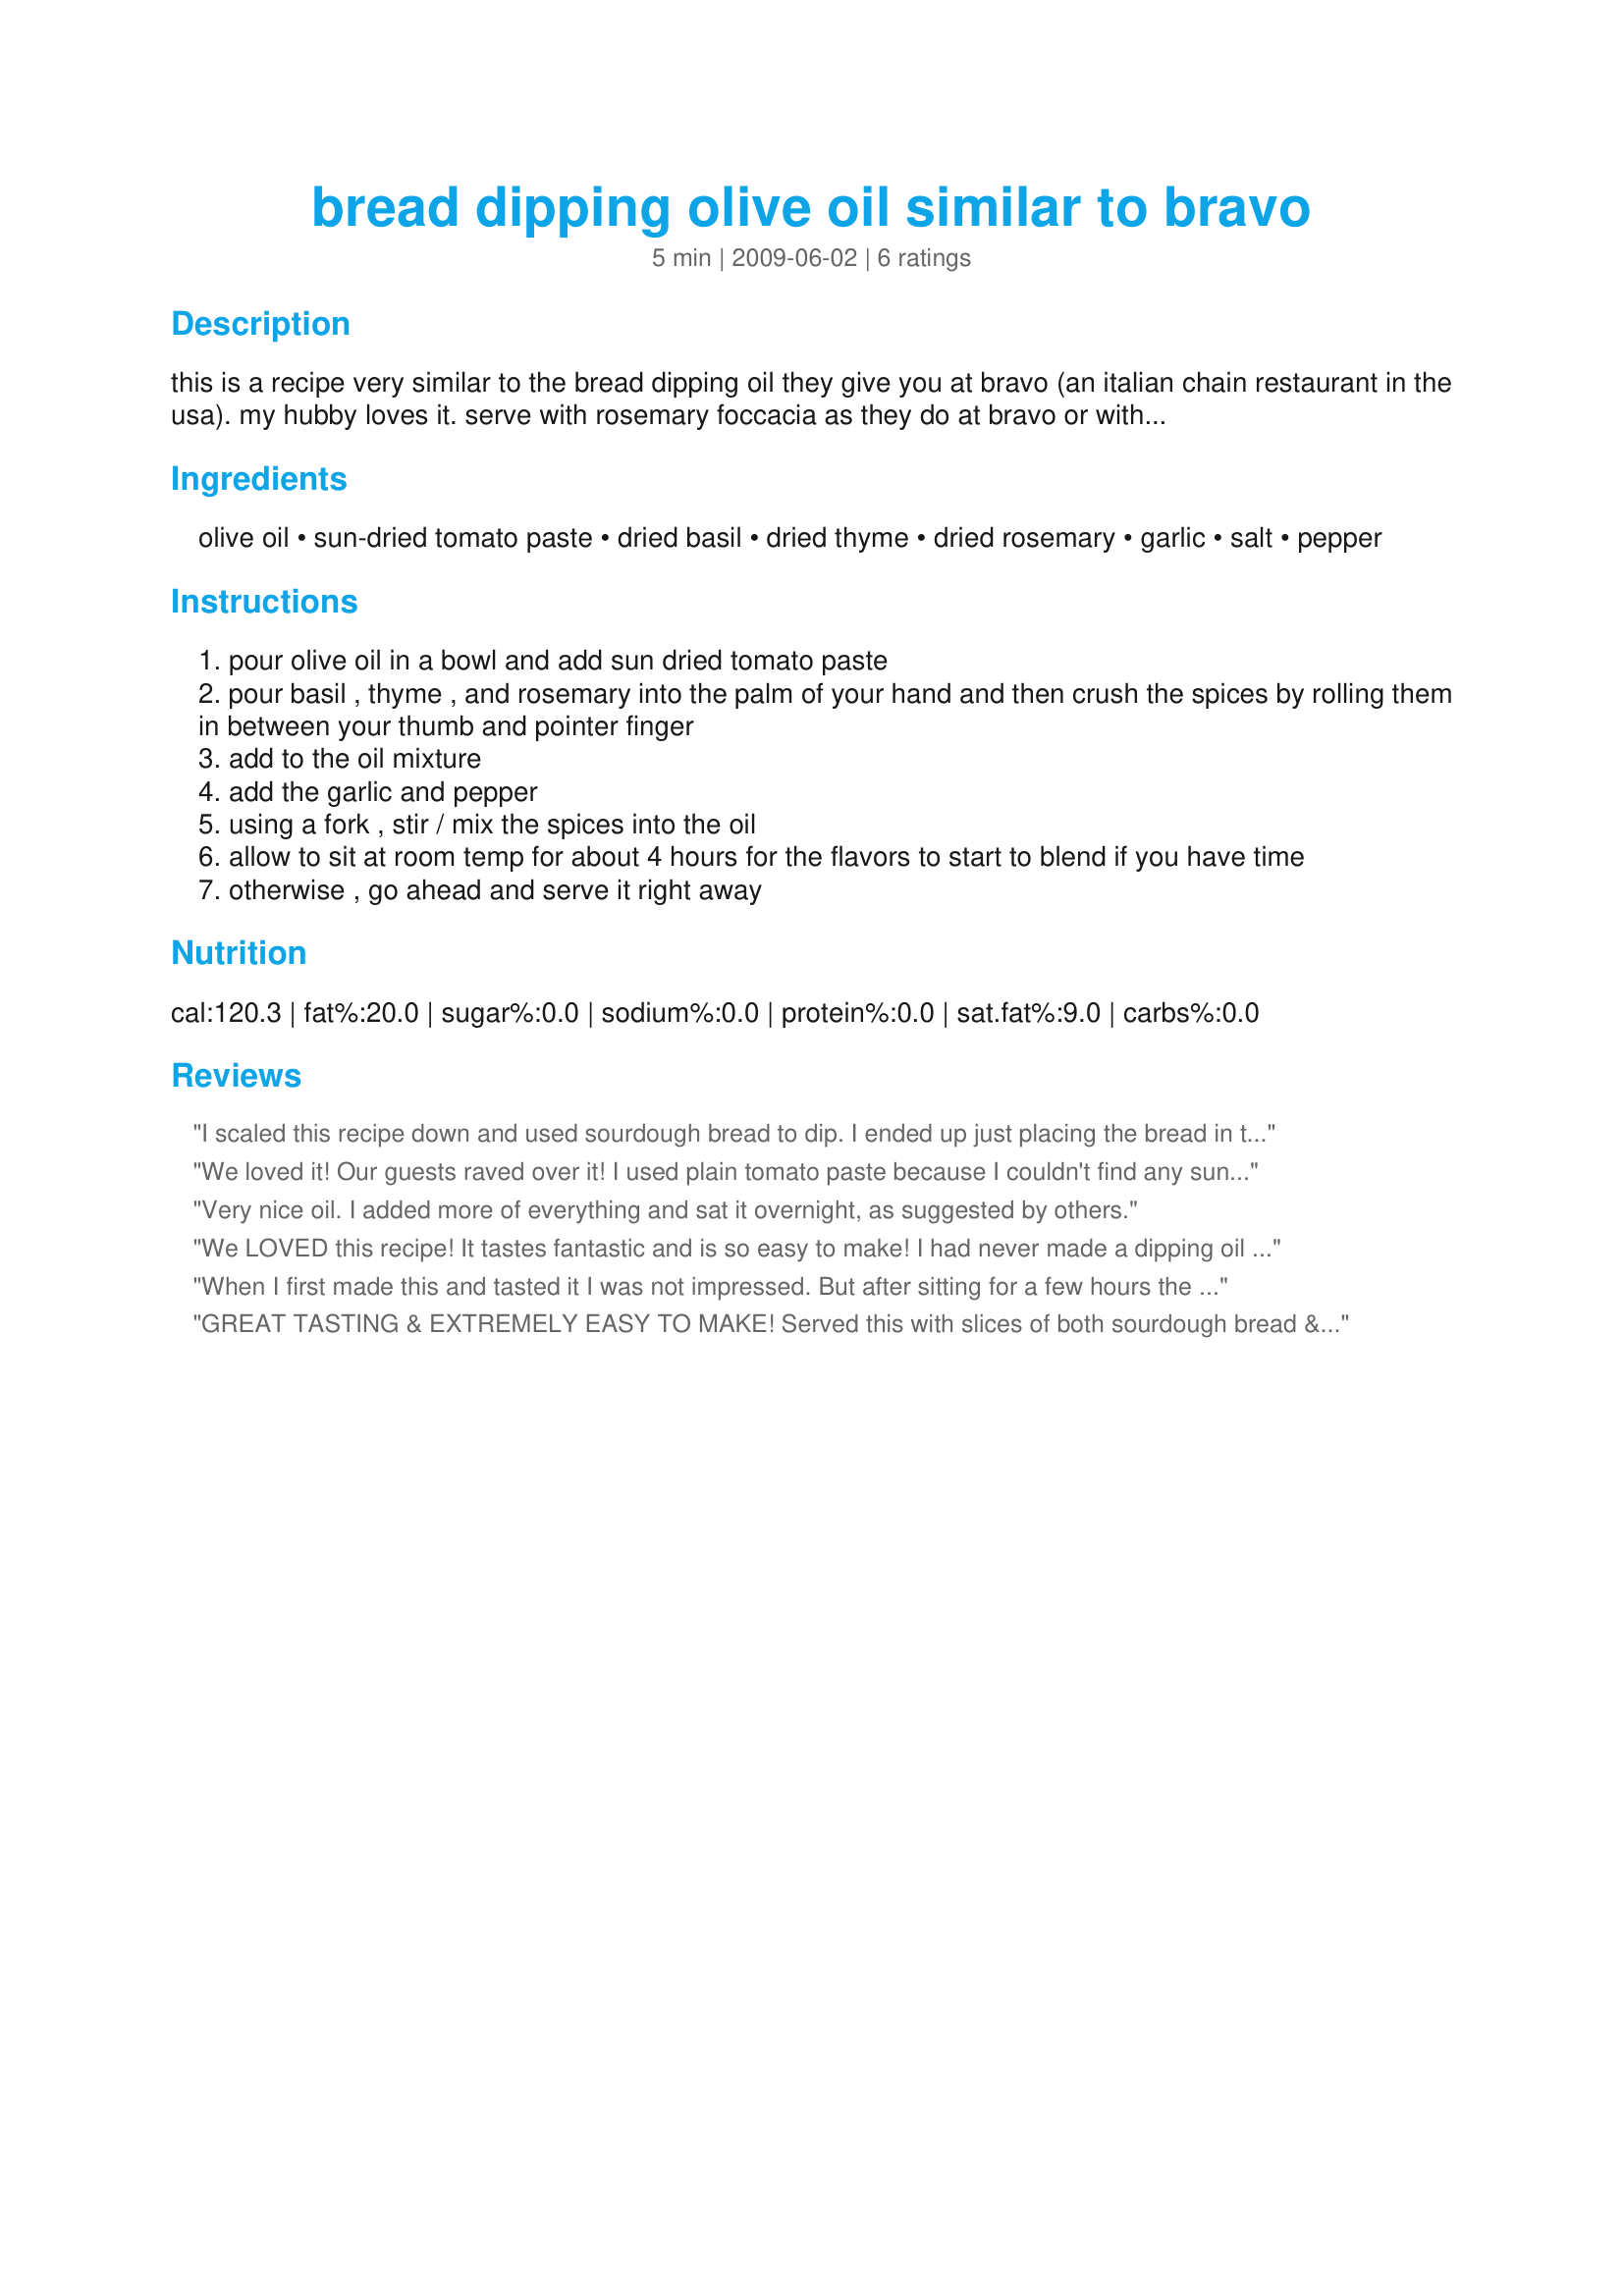
bread dipping olive oil similar to bravo
Preparation time: 5 minutes

this is a recipe very similar to the bread dipping oil they give you at bravo (an italian chain restaurant in the usa). my hubby loves it. serve with rosemary foccacia as they do at bravo or with your favorite bread (i love french bread or sourdough bread with this). if you like things spicy, feel free to add some crushed red pepper.

Ingredients:
olive oil, sun-dried tomato paste, dried basil, dried thyme, dried rosemary, garlic, salt, pepper

Steps:
pour olive oil in a bowl and add sun dried tomato paste
pour basil , thyme , and rosemary into the palm of your hand and then crush the spices by rolling them in between your thumb and pointer finger
add to the oil mixture
add the garlic and pepper
using a fork , stir / mix the spices into the oil
allow to sit at room temp for about 4 hours for the flavors to start to blend if you have time
otherwise , go ahead and serve it right away

Reviews:
I scaled this recipe down and used sourdough bread to dip. I ended up just placing the bread in the bowl and swirling it around to soak up every last drop! Yum! Thanks. Made for Zaar World Tour 2011 by a Food.Commando.
We loved it! Our guests raved over it! I used plain tomato paste because I couldn't find any sun-dried and it turned out fine. Thank you for the recipe!
Very nice oil. I added more of everything and sat it overnight, as suggested by others.
We LOVED this recipe! It tastes fantastic and is so easy to make! I had never made a dipping oil with sundried tomato paste but it absolutely made this dish, so I was probably a bit generous with the paste! Mine sat for about 24 hours before being used. I'll make this very often! Made for ZWT7.
When I first made this and tasted it I was not impressed. But after sitting for a few hours the flavors blended together and it was very good. I often substitute fresh rosemary for the dry and I always make it the day before now. Thanks for the recipe.
GREAT TASTING & EXTREMELY EASY TO MAKE! Served this with slices of both sourdough bread & a whole wheat bread from Costco that we like, & both were very satisfying! Yet another very nice dip that I can add to my finger food counter from now on! [Tagged, made & reviewed as a recipenap in the current Vegetarian/Vegan Recipe Swap 16]
